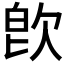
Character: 𣢼